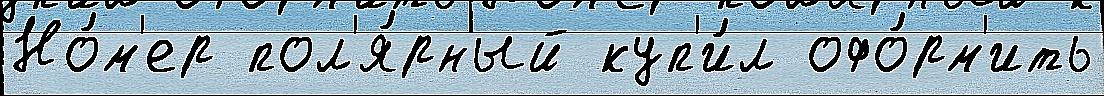
Но́м'ер пол'я́рный куп'и́л офо́рм'ить